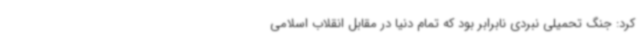
کرد: جنگ تحمیلی نبردی نابرابر بود که تمام دنیا در مقابل انقلاب اسلامی